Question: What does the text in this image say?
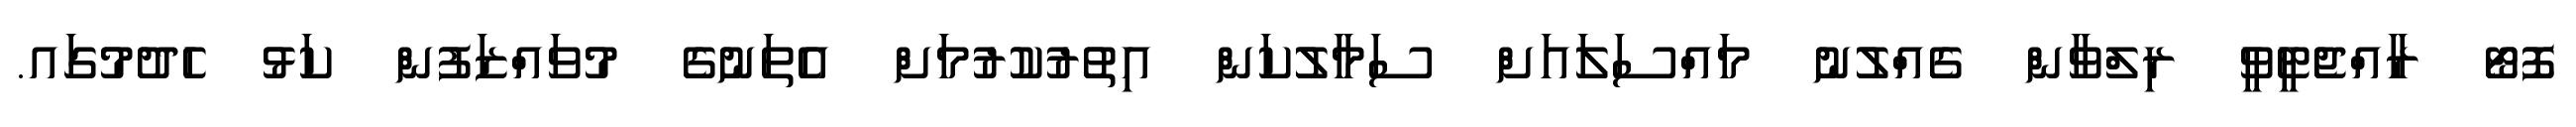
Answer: ފޮޓޯ ރާއްޖެޓީވީ ރިލްވާން ގެއްލުނު މައްސަލައަށް ސަމާލުކަން އިތުރުކުރުމަށް އެތަނުގެ މުވައްޒަފުން ކަޅު ހެދުމުގައ.